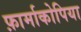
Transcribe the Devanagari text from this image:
फ़ार्माकोपिया